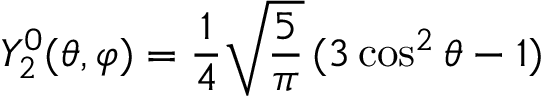
Y _ { 2 } ^ { 0 } ( \theta , \varphi ) = { \frac { 1 } { 4 } } { \sqrt { \frac { 5 } { \pi } } } \, ( 3 \cos ^ { 2 } \theta - 1 )